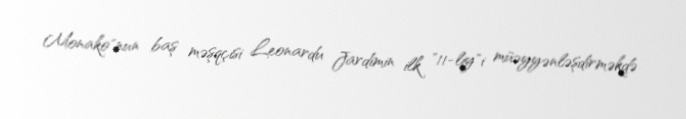
Monako"nun baş məşqçisi Leonardu Jardimin ilk "11-liy"i müəyyənləşdirməkdə